Leaving Certificate Examination (including Day School Certificate (Higher) General paper), 1932
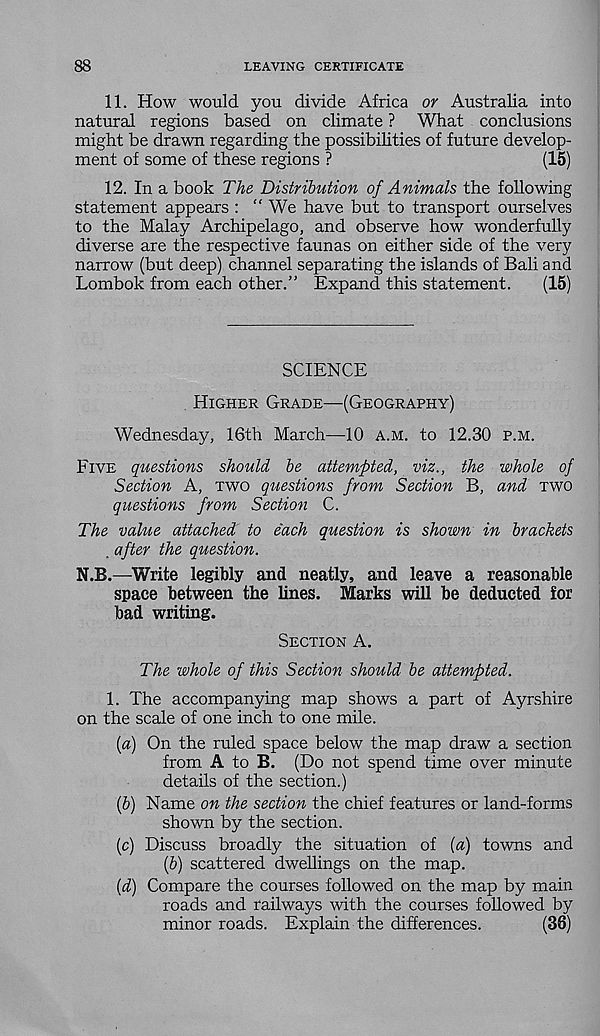
88
LEAVING CERTIFICATE
11. How would you divide Africa or Australia into
natural regions based on climate ? What conclusions
might be drawn regarding the possibilities of future develop-
ment of some of these regions ?
(15)
12. In a book The Distribution of Animals the following
statement appears : “ We have but to transport ourselves
to the Malay Archipelago, and observe how wonderfully
diverse are the respective faunas on either side of the very
narrow (but deep) channel separating the islands of Bali and
Lombok from each other.” Expand this statement.
(15)
SCIENCE
Higher Grade—(Geography)
Wednesday, 16th March—10 a.m. to 12.30 p.m.
Five questions should be attempted, viz., the whole of
Section A, two questions from Section B, and two
questions from Section C.
The value attached to each question is shown in brackets
. after the question.
N.B.—Write legibly and neatly, and leave a reasonable
space between the lines. Marks will be deducted for
bad writing.
Section A.
The whole of this Section should be attempted.
1. The accompanying map shows a part of Ayrshire
on the scale of one inch to one mile.
(a) On the ruled space below the map draw a section
from A to B. (Do not spend time over minute
details of the section.)
(b) Name on the section the chief features or land-forms
shown by the section.
(c) Discuss broadly the situation of (a) towns and
(b) scattered dwellings on the map.
(d) Compare the courses followed on the map by main
roads and railways with the courses followed by
minor roads. Explain the differences.
(36)